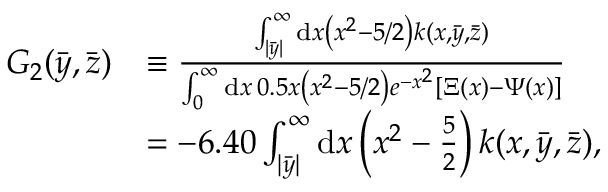
\begin{array} { r l } { G _ { 2 } ( \Bar { y } , \Bar { z } ) } & { \equiv \frac { \int _ { | \bar { y } | } ^ { \infty } \mathrm { d } x \left( x ^ { 2 } - 5 / 2 \right) k ( x , \bar { y } , \bar { z } ) } { \int _ { 0 } ^ { \infty } \mathrm { d } x \: 0 . 5 x \left( x ^ { 2 } - 5 / 2 \right) e ^ { - x ^ { 2 } } \left[ \Xi ( x ) - \Psi ( x ) \right] } } \\ & { = - 6 . 4 0 \int _ { | \bar { y } | } ^ { \infty } \mathrm { d } x \left( x ^ { 2 } - \frac { 5 } { 2 } \right) k ( x , \bar { y } , \bar { z } ) , } \end{array}